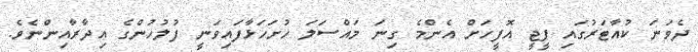
ދެވަނަ ކުއާޓަރުގައި ޕީޖީ އޮފީހަށް އެންމެ ގިނަ މައްސަލަ ހުށަހަޅާފައިވަނީ ފުލުހުންގެ އިދާރާއިންނެވެ.